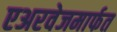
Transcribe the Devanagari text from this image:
एअरवेजमार्फत